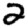
Digit: 2